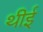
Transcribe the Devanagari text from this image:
थीई